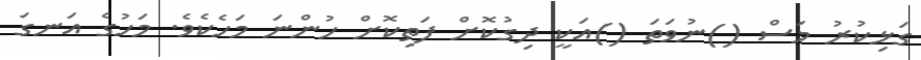
ގަޅިކުރު މަސް ()ނުވަތަ ()އަކީ ދިގުކޮށް ފަތިކޮށް ހުންނަ މަހެކެވެ. މަހުގެ އަނގަ